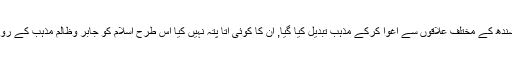
گزشتہ دو ماہ میں تیرہ لڑکیوں کو سندھ کے مختلف علاقوں سے اغوا کرکے مذہب تبدیل کیا گیا, ان کا کوئی اتا پتہ نہیں کیا اس طرح اسلام کو جابر وظالم مذہب کے روپ میں پیش کرنا بے حرمتی نہیں؟